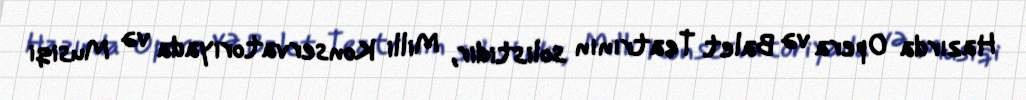
Hazırda Opera və Balet Teatrının solistidir, Milli Konservatoriyada və Musiqi